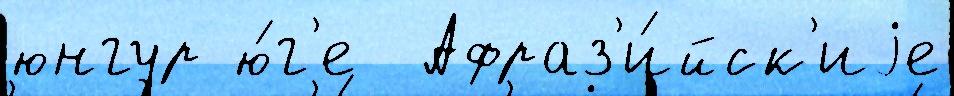
юнгур ю́г'е  Афраз'и́йск'иjе